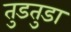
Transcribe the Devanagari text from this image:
तुडतुडा